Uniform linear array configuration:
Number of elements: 12
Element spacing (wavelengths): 0.25
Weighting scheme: kaiser
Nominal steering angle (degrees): -60
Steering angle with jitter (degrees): -60.815
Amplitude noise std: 0.05
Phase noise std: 0.05

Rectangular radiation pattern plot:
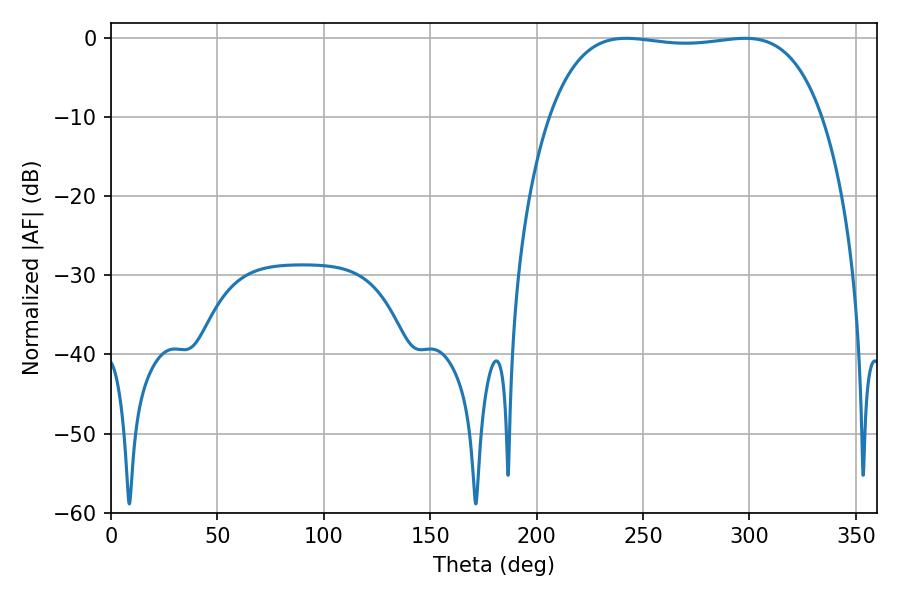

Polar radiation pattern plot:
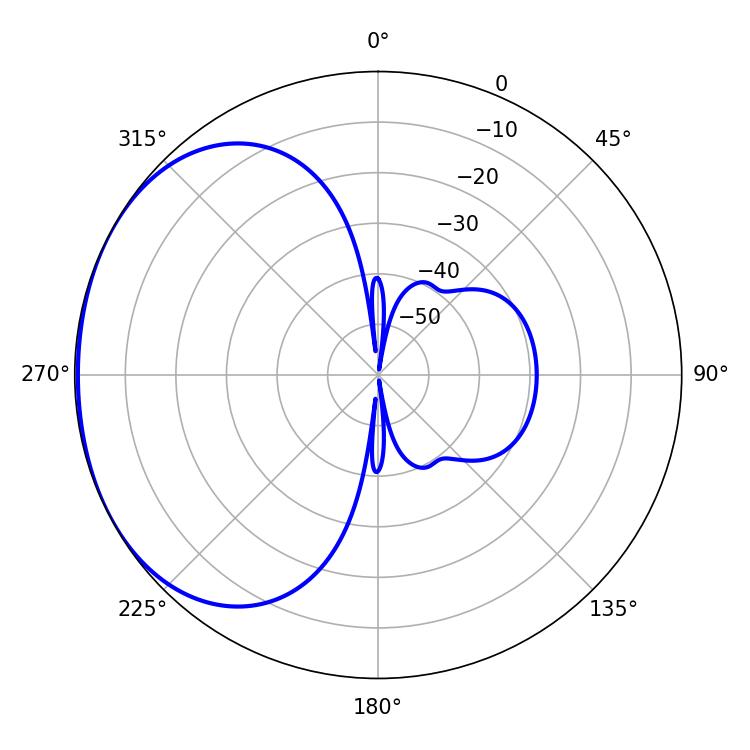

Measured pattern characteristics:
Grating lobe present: FALSE
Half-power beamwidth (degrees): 101.88
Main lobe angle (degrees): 242.1